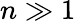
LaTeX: n\gg 1